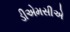
ડીએમસીએ